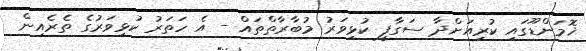
ޚޮމަންޑޫގައި ކުރިއަށްދާ ސަގާފީ ކުޅިވަރު މުބާރާތްތައް - އެ ހަތަރު ކުޅިވަރުގެ ތެރެއިން